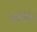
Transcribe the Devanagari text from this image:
ससेचित